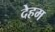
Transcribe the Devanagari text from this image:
देहम